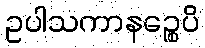
ဥပါသကာနဉ္စေပိ